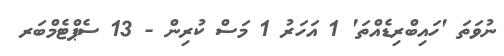
ނުވަތަ 'ހައިބްރިޑެއްތަ' 1 އަހަރު 1 މަސް ކުރިން - 13 ސެޕްޓެމްބަރ